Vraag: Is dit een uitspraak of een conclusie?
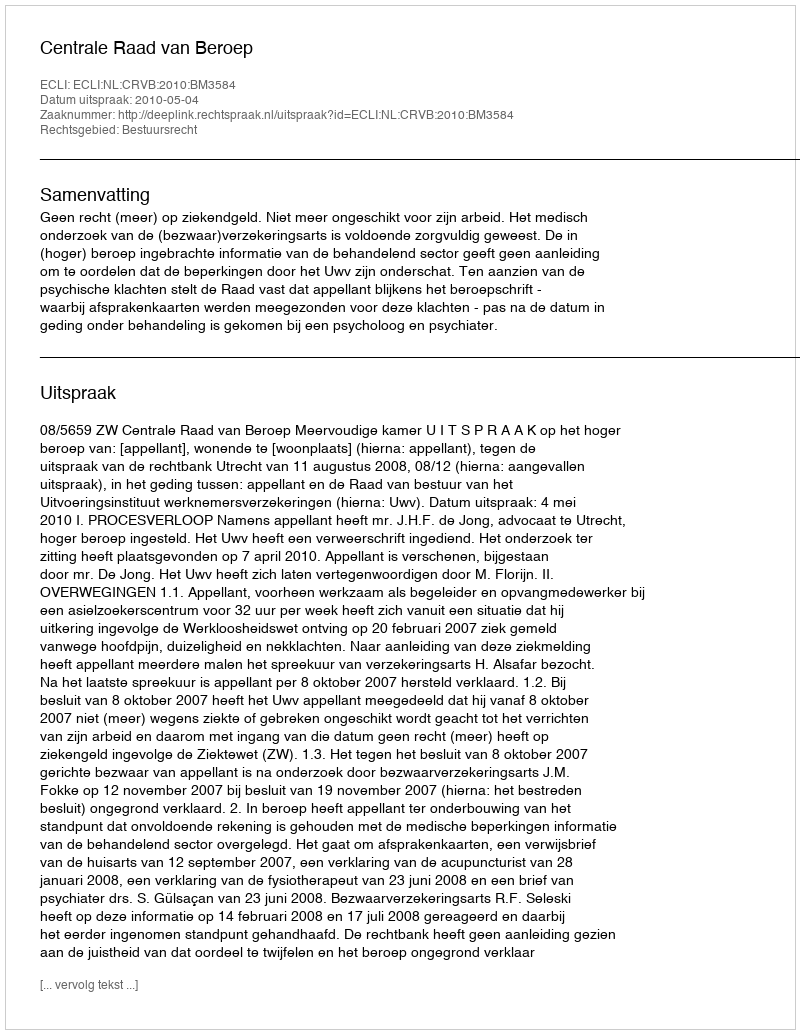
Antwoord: Uitspraak